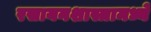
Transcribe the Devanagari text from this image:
रसायनशास्त्रामध्ये